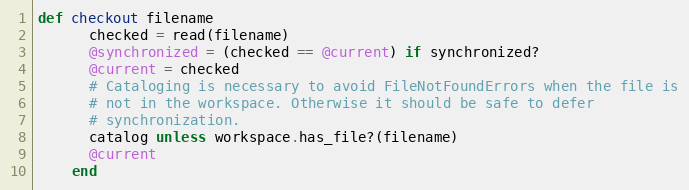
Language: Ruby
def checkout filename
      checked = read(filename)
      @synchronized = (checked == @current) if synchronized?
      @current = checked
      # Cataloging is necessary to avoid FileNotFoundErrors when the file is
      # not in the workspace. Otherwise it should be safe to defer
      # synchronization.
      catalog unless workspace.has_file?(filename)
      @current
    end